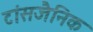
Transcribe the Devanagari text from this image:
टांसजैनिक